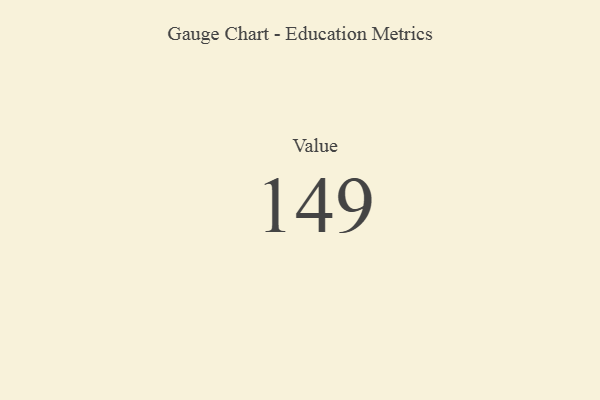
{"axis": {"x": "Metric", "y": "Value"}, "legend": [""], "data": [{"x": "Value", "y": 149, "type": ""}]}